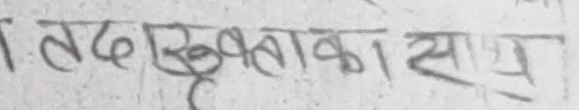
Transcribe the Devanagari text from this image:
तदरुखताका साथ